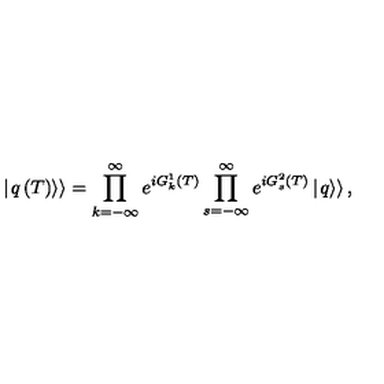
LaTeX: \left| \left. q \left( T \right) \right\rangle \right\rangle = \prod _ { k = - \infty } ^ { \infty } e ^ { i G _ { k } ^ { 1 } \left( T \right) } \prod _ { s = - \infty } ^ { \infty } e ^ { i G _ { s } ^ { 2 } \left( T \right) } \left| \left. q \right\rangle \right\rangle ,